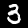
Label: 3